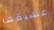
عشيقها